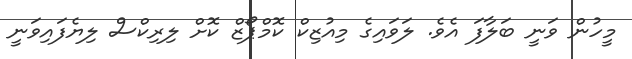
މީހުން ވަނީ ބަލާފަ އެވެ. ލަވައިގެ މިއުޒިކް ކޮމްޕޯޒް ކޮށް ލިރިކްސް ލިޔެފައިވަނީ